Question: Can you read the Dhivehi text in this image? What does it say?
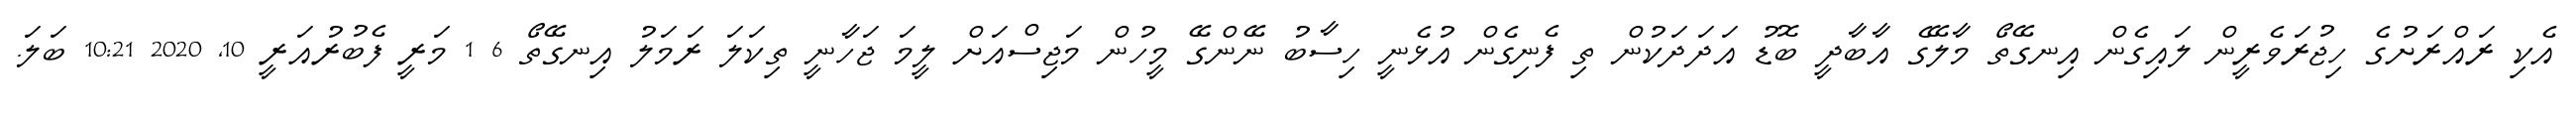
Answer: އެކި ރައްރަށުގެ ހިޖުރަވެރީން ލައިގެން އިނގޭތޯ މާލޭގެ އާބާދީ ބޮޑު އަދަދަކުން ތި ފެނިގެން އުޅެނީ ހިސާބު ނޭންގޭ މީހުން މަޖިސްއަށް ލީމަ ޖަހާނީ ތިކަލަ ރަމަލު އިނގޭތޯ 6 1 މަރީ ފެބުރުއަރީ 10, 2020 10:21 ބަލަ.